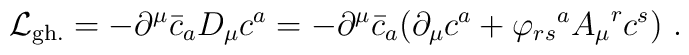
{\cal{L}}_{{\rm gh.}} = -{\partial}^{\mu} {\bar{c}}_{a} D_{\mu} {c^{a}}= -{\partial}^{\mu} {\bar{c}}_{a} ({\partial}_{\mu} c^{a} + {\varphi_{rs}}^{a} {A_{\mu}}^{r}{c^{s}})~.